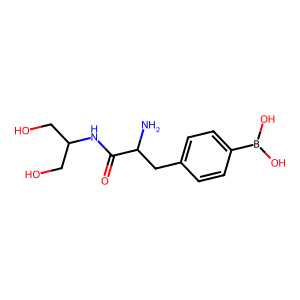
SMILES: NC(Cc1ccc(B(O)O)cc1)C(=O)NC(CO)CO
Inhibits HIV replication: No